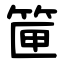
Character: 筪